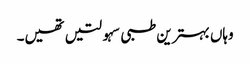
وہاں بہترین طبی سہولتیں تھیں۔